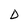
Character: D